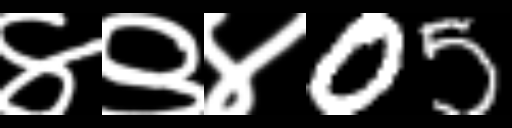
Text: ४९४05